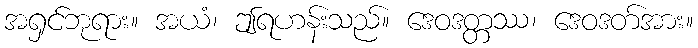
အရှင်ဘုရား။ အယံ၊ ဤရဟန်းသည်။ ဒေဝဒတ္တဿ၊ ဒေဝဒတ်အား။